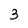
Character: 3